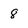
Character: 8